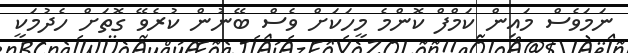
ނަމަވެސް މައިން ކަމްފް ކޮންމެ މީހަކަށް ވެސް ބޭނުން ކުރެވޭ ގޮތަށް ހެދުމަކީ